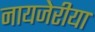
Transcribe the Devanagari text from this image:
नायजेरीया